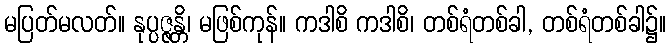
မပြတ်မလတ်။ နုပ္ပဇ္ဇန္တိ၊ မဖြစ်ကုန်။ ကဒါစိ ကဒါစိ၊ တစ်ရံတစ်ခါ, တစ်ရံတစ်ခါ၌။